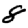
Digit: 8